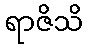
ရာဇိသိ